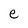
Character: e